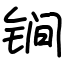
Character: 锏